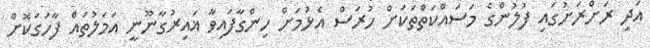
އަދި ރަށްރަށުގައި ފުލުންގެ މަސައްކަތްތަކަށް ހުރަސް އެޅުމަށް ހިންގާފައިވާ ޣައިރުގާނޫނީ އަމަލުތައް ފާހަގަކޮށް